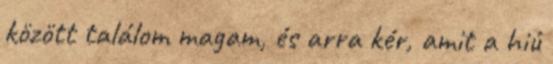
között találom magam, és arra kér, amit a hiú